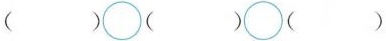
( )\circ ( )\circ ( )